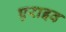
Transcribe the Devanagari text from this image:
एराइव